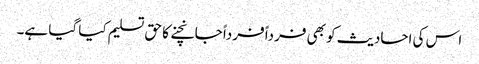
اس کی احادیث کو بھی فرداً فرداً جانچنے کا حق تسلیم کیا گیا ہے۔